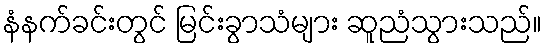
နံနက်ခင်းတွင် မြင်းခွာသံများ ဆူညံသွားသည်။